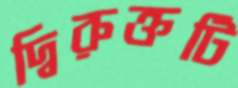
দ্বিরুক্তটি